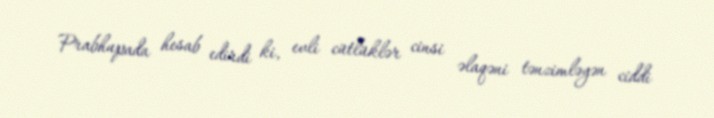
Prabhupada hesab edirdi ki, evli cütlüklər cinsi əlaqəni tənzimləyən ciddi